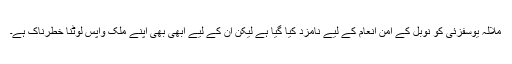
ملالہ یوسفزئی کو نوبل کے امن انعام کے لیے نامزد کیا گیا ہے لیکن ان کے لیے ابھی بھی اپنے ملک واپس لوٹنا خطرناک ہے۔